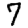
Digit: 7